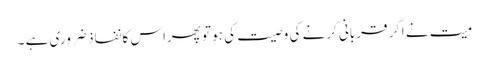
میت نے اگر قربانی کرنے کی وصیت کی ہو تو پھراس کا نفاذ ضروری ہے ۔